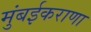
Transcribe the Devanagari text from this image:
मुंबईकराणा